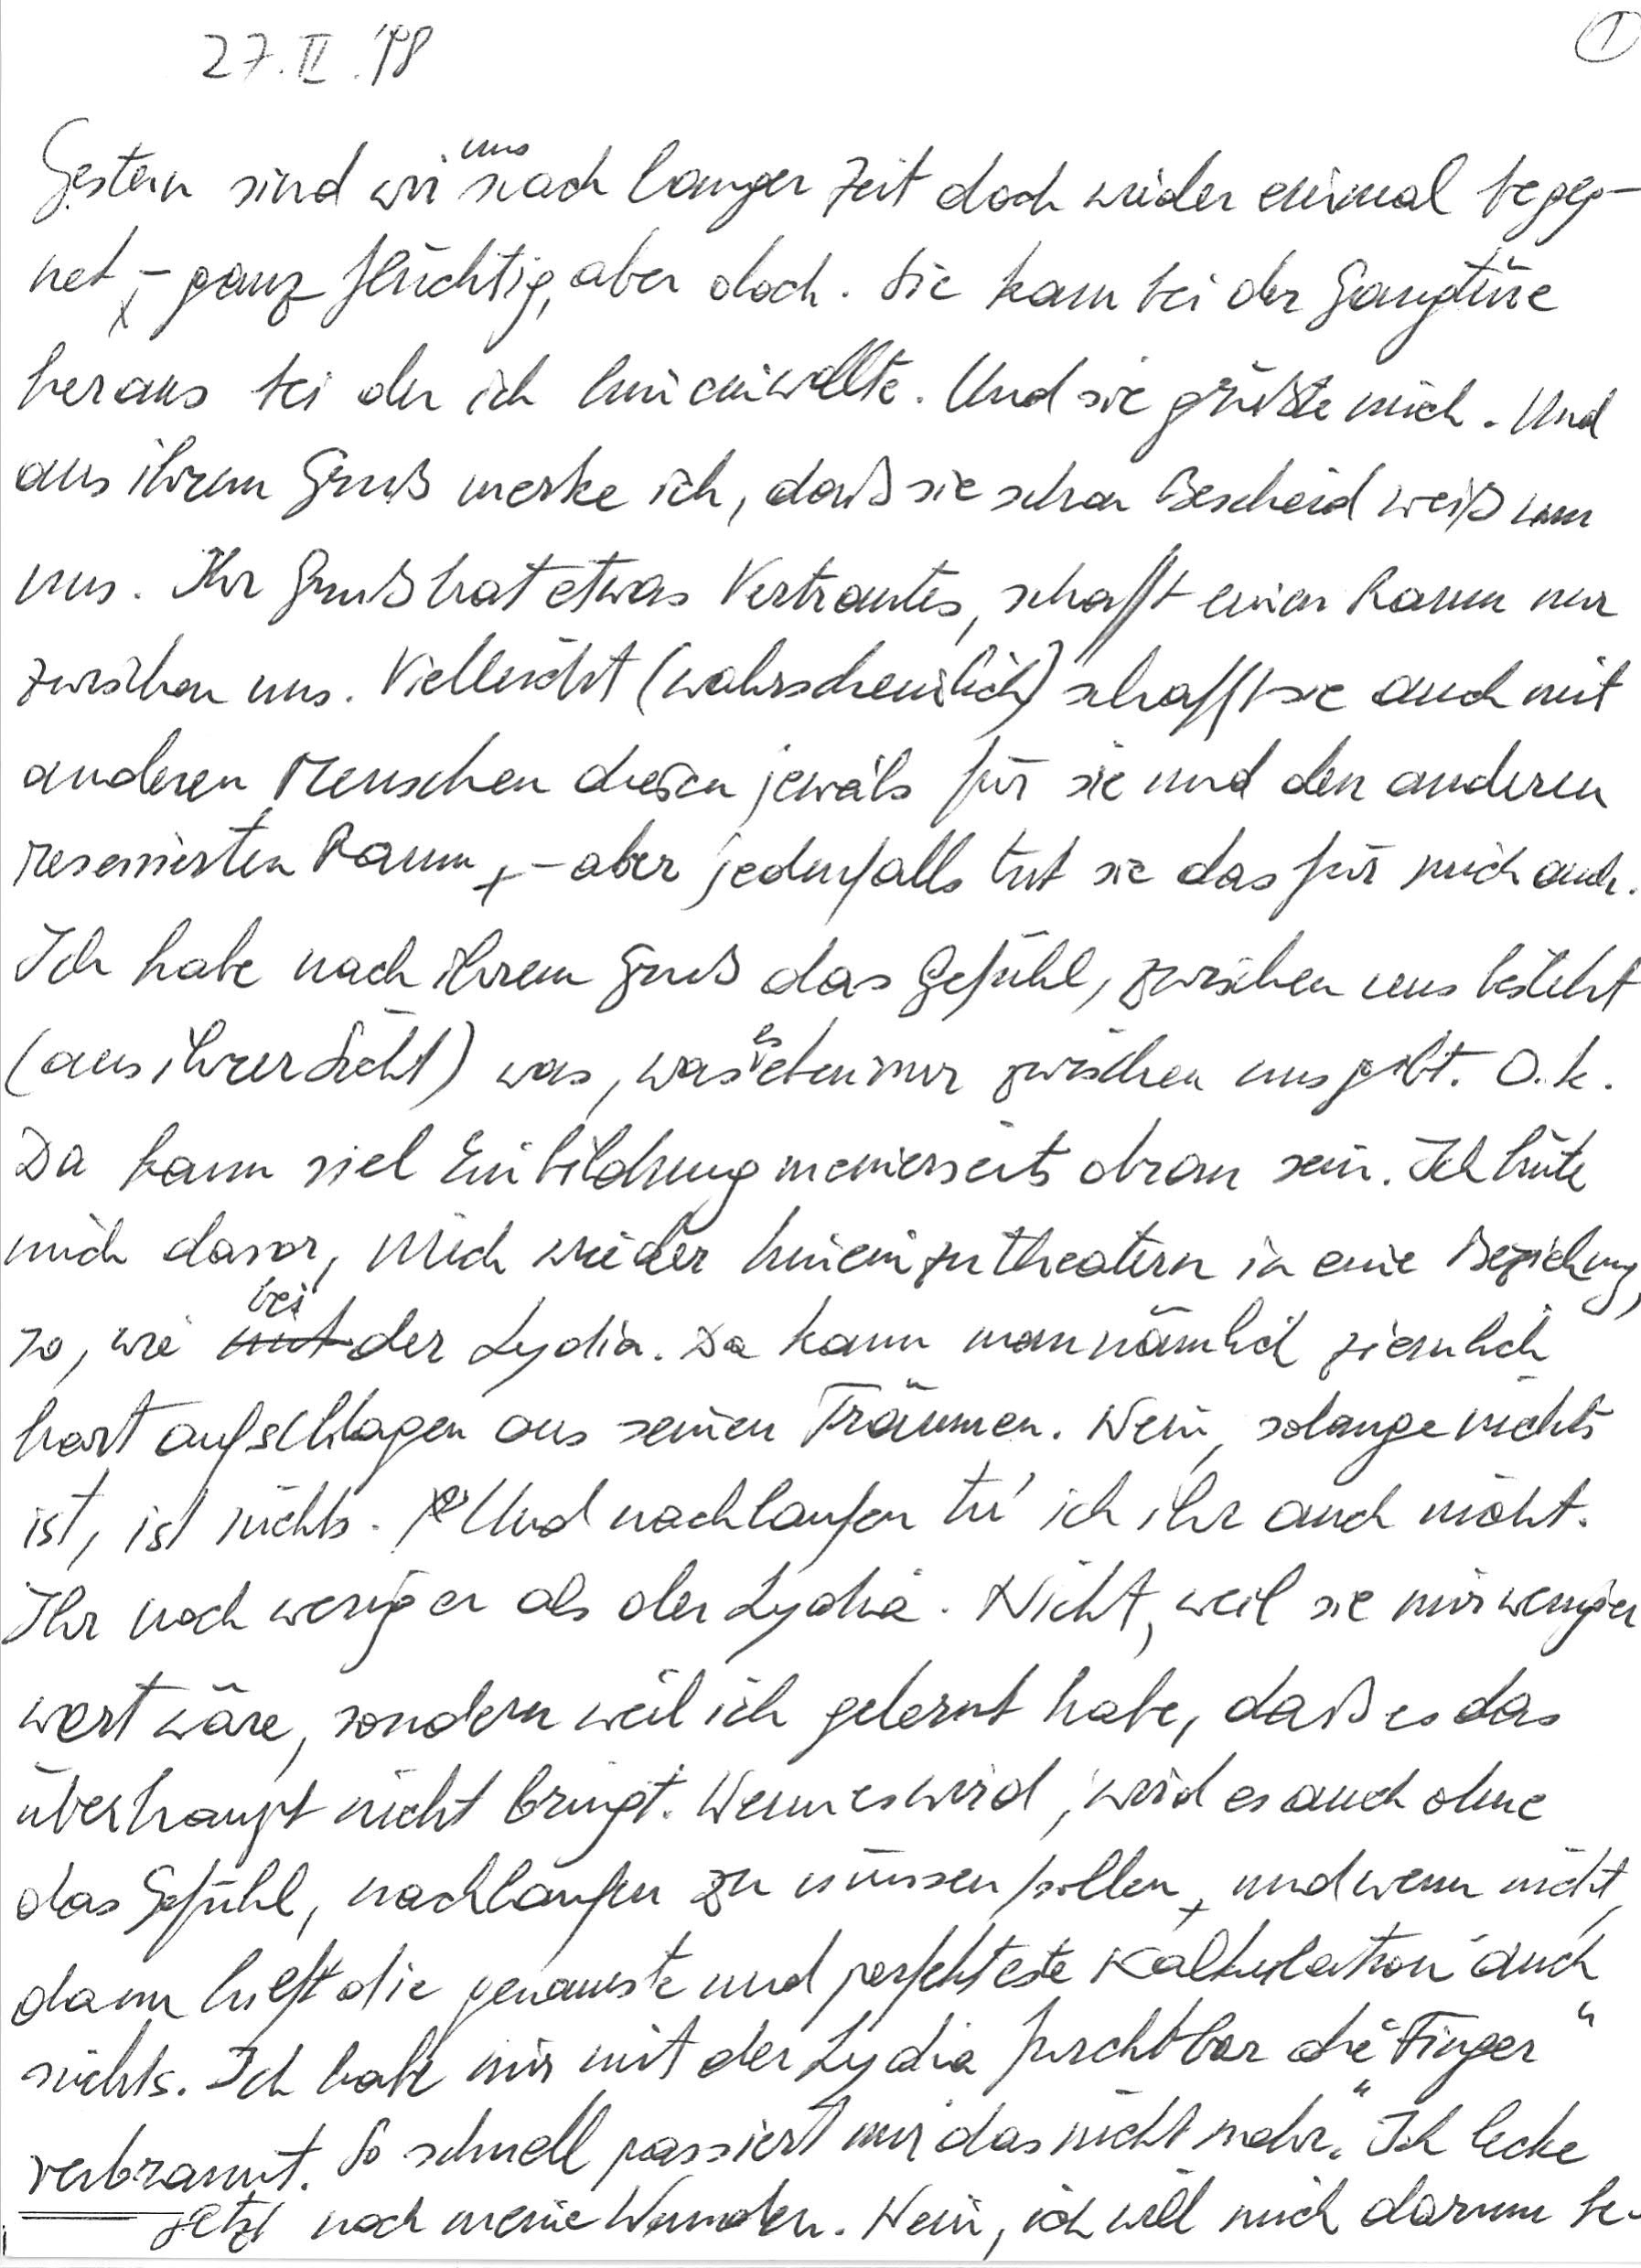
27. II. ‘98
Gestern sind wir uns nach langer Zeit doch wieder einmal begeg-
net – ganz flüchtig, aber doch. Sie kam bei der Gangtüre
heraus bei der ich hineinwollte. Und sie grüßte mich. Und
aus ihrem Gruß merke ich, daß sie schon Bescheid weiß um
uns. Ihr Gruß hat etwas Vertrautes, schafft einen Raum nur
zwischen uns. Vielleicht (wahrscheinlich) schafft sie auch mit
anderen Menschen diesen jeweils für sie und den anderen
reservierten Raum – aber jedenfalls tut sie das für mich auch.
Ich habe nach ihrem Gruß das Gefühl, zwischen uns besteht
(aus ihrer Sicht) was, was es eben nur zwischen uns gibt. O. k.
Da kann viel Einbildung meinerseits dran sein. Ich hüte
mich davor, mich wieder hineinzutheatern in eine Beziehung,
so, wie bei der Lydia. Da kann man nämlich ziemlich
hart aufschlagen aus seinen Träumen. Nein, solange nichts
ist, ist nichts. Und nachlaufen tu‘ ich ihr auch nicht.
Ihr noch weniger als der Lydia. Nicht, weil sie mir weniger
wert wäre, sondern weil ich gelernt habe, daß es das
überhaupt nicht bringt. Wenn es wird, wird es auch ohne
das Gefühl, nachlaufen zu müssen/sollen und wenn nicht,
dann hilft die genaueste und perfekteste Kalkulation auch
nichts. Ich habe mir mit der Lydia furchtbar die „Finger“
verbrannt. So schnell passiert mir das nicht mehr. Ich lecke
jetzt noch meine Wunden. Nein, ich will mich darum be-